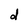
Character: d